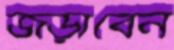
জড়াবেন